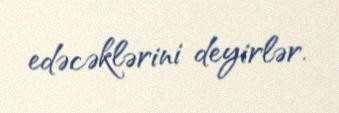
edəcəklərini deyirlər.